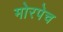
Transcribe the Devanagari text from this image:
मोरपेच